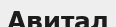
Авитал